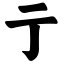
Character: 亍